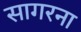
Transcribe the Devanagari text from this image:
सागरना